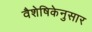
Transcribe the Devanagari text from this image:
वैशेषिकेनुसार